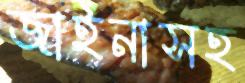
জাইনাসহ